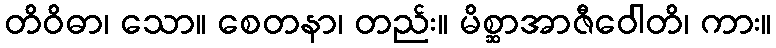
တိဝိဓာ၊ သော။ စေတနာ၊ တည်း။ မိစ္ဆာအာဇီဝေါတိ၊ ကား။